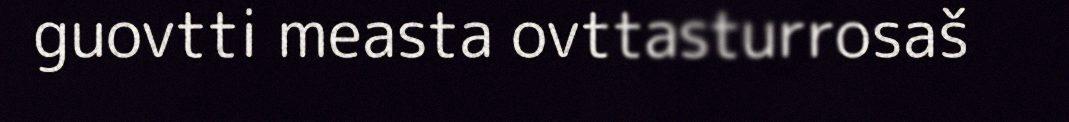
guovtti measta ovttasturrosaš